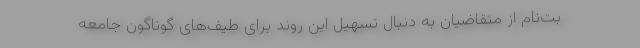
بت‌نام از متقاضیان به دنبال تسهیل این روند برای طیف‌های گوناگون جامعه